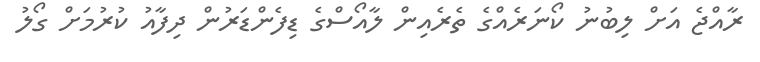
ރާއްޖެ އަށް ލިބުނު ކޯނަރެއްގެ ތެރެއިން ލާއޯސްގެ ޑިފެންޑަރުން ދިފާއު ކުރުމަށް ގޯލު